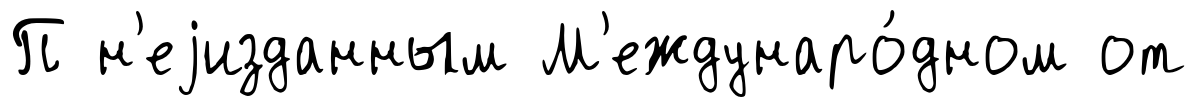
П н'еjизданным М'еждунаро́дном от